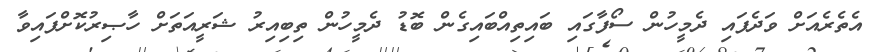
އެތެރެއަށް ވަދެފައި ދެމީހުން ސޯފާގައި ބައިތިއްބައިގެން ބޮޑު ދެމީހުން ތިބިއިރު ޝަރީއަތަށް ހާޞިރުކޮށްފައިވާ